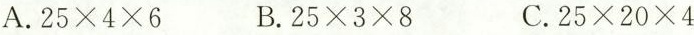
A.$$2 5 \times 4 \times 6$$ B.$$2 5 \times 3 \times 8$$ C.$$2 5 \times 2 0 \times 4$$